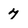
Character: 7